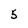
Character: 5